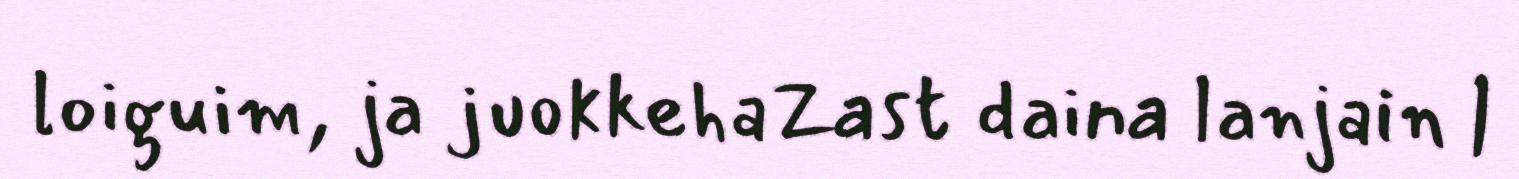
loiguim, ja juokkehaZast daina lanjain |